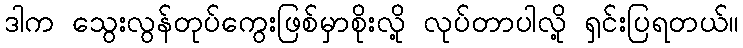
ဒါက သွေးလွန်တုပ်ကွေးဖြစ်မှာစိုးလို့ လုပ်တာပါလို့ ရှင်းပြရတယ်။